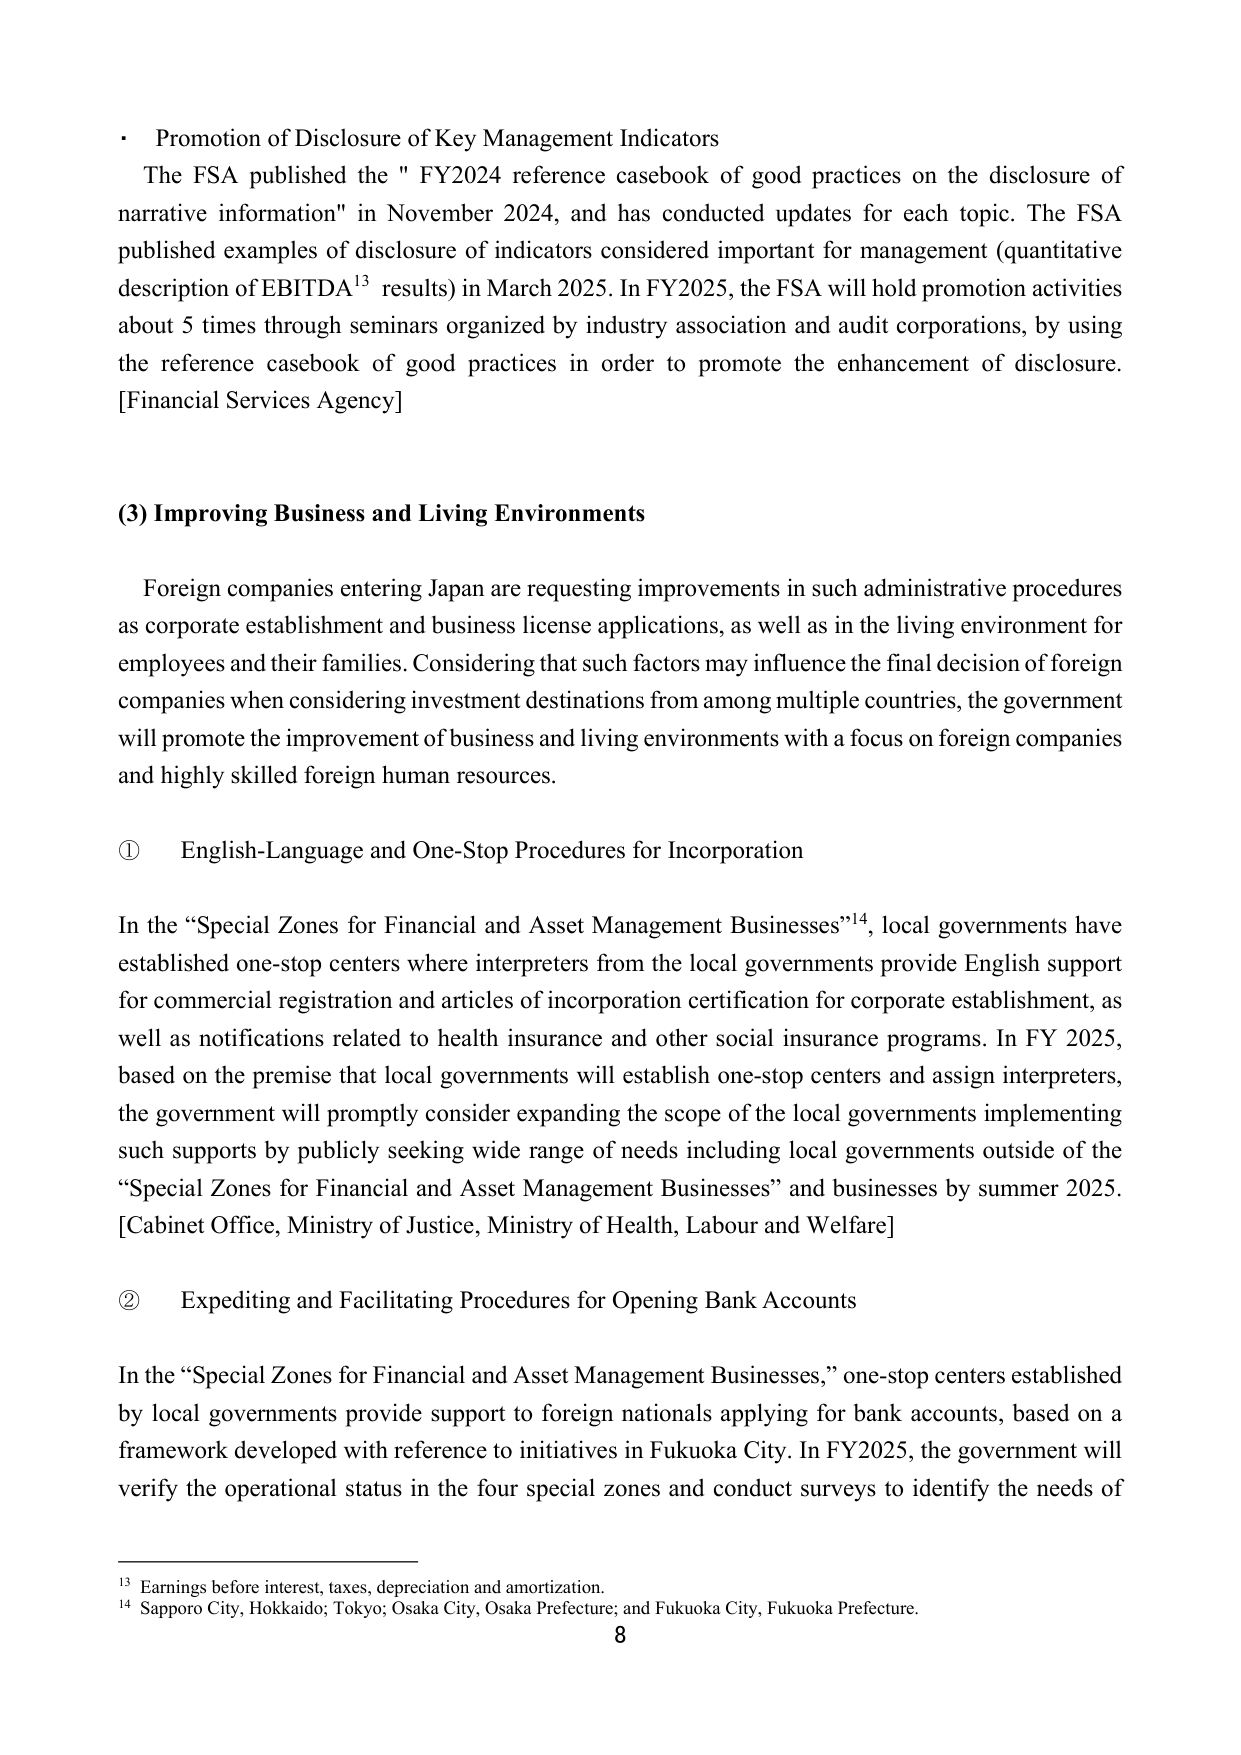
• Promotion of Disclosure of Key Management Indicators
The FSA published the " FY2024 reference casebook of good practices on the disclosure of narrative information" in November 2024, and has conducted updates for each topic. The FSA published examples of disclosure of indicators considered important for management (quantitative description of EBITDA¹³ results) in March 2025. In FY2025, the FSA will hold promotion activities about 5 times through seminars organized by industry association and audit corporations, by using the reference casebook of good practices in order to promote the enhancement of disclosure.
[Financial Services Agency]

(3) Improving Business and Living Environments

Foreign companies entering Japan are requesting improvements in such administrative procedures as corporate establishment and business license applications, as well as in the living environment for employees and their families. Considering that such factors may influence the final decision of foreign companies when considering investment destinations from among multiple countries, the government will promote the improvement of business and living environments with a focus on foreign companies and highly skilled foreign human resources.

① English-Language and One-Stop Procedures for Incorporation

In the “Special Zones for Financial and Asset Management Businesses”¹⁴, local governments have established one-stop centers where interpreters from the local governments provide English support for commercial registration and articles of incorporation certification for corporate establishment, as well as notifications related to health insurance and other social insurance programs. In FY 2025, based on the premise that local governments will establish one-stop centers and assign interpreters, the government will promptly consider expanding the scope of the local governments implementing such supports by publicly seeking wide range of needs including local governments outside of the “Special Zones for Financial and Asset Management Businesses” and businesses by summer 2025.
[Cabinet Office, Ministry of Justice, Ministry of Health, Labour and Welfare]

② Expediting and Facilitating Procedures for Opening Bank Accounts

In the “Special Zones for Financial and Asset Management Businesses,” one-stop centers established by local governments provide support to foreign nationals applying for bank accounts, based on a framework developed with reference to initiatives in Fukuoka City. In FY2025, the government will verify the operational status in the four special zones and conduct surveys to identify the needs of

¹³ Earnings before interest, taxes, depreciation and amortization.
¹⁴ Sapporo City, Hokkaido; Tokyo; Osaka City, Osaka Prefecture; and Fukuoka City, Fukuoka Prefecture.
8